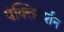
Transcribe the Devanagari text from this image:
पंक्तिदर्शन